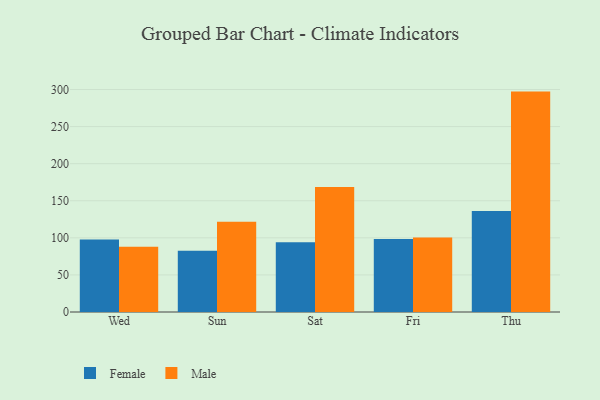
{"axis": {"x": "Day", "y": "LTV (USD)"}, "legend": ["Female", "Male"], "data": [{"x": "Wed", "y": 97.7, "type": "Female"}, {"x": "Wed", "y": 88.1, "type": "Male"}, {"x": "Sun", "y": 82.6, "type": "Female"}, {"x": "Sun", "y": 121.6, "type": "Male"}, {"x": "Sat", "y": 94.1, "type": "Female"}, {"x": "Sat", "y": 168.6, "type": "Male"}, {"x": "Fri", "y": 98.4, "type": "Female"}, {"x": "Fri", "y": 100.3, "type": "Male"}, {"x": "Thu", "y": 136.2, "type": "Female"}, {"x": "Thu", "y": 297.2, "type": "Male"}]}